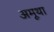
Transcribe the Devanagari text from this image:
अमूथा